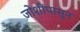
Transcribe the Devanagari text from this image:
जोशींपासून